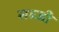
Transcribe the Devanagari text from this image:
सब्‍जी